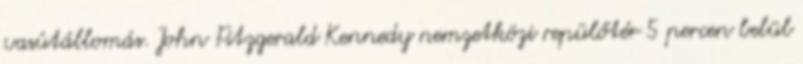
vasútállomás. John Fitzgerald Kennedy nemzetközi repülőtér 5 percen belül